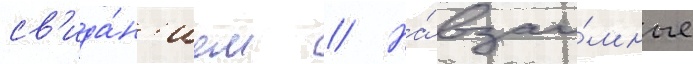
св'ида́н'ием // На́ взаи́мные